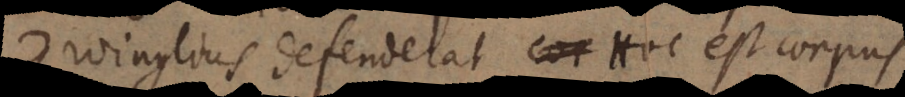
Zwinglius defenderat: Hoc est